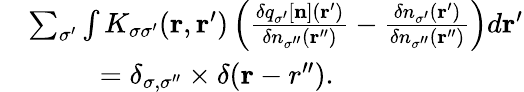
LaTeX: \begin{array}{rl}&{\sum_{\sigma^{\prime}}\int K_{\sigma\sigma^{\prime}}({\mathbf r},{\mathbf r^{\prime}})\left(\frac{\delta q_{\sigma^{\prime}}[{\mathbf n}]({\mathbf r^{\prime}})}{\delta n_{\sigma^{\prime\prime}}({\mathbf r^{\prime\prime}})}-\frac{\delta n_{\sigma^{\prime}}({\mathbf r^{\prime}})}{\delta n_{\sigma^{\prime\prime}}({\mathbf r^{\prime\prime}})}\right)d{\mathbf r^{\prime}}}\\ &{~~~~~~~~~=\delta_{\sigma,\sigma^{\prime\prime}}\times\delta({\mathbf r-r^{\prime\prime}}).}\end{array}